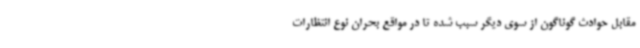
مقابل حوادث گوناگون از سوی دیگر سبب شده تا در مواقع بحران نوع انتظارات